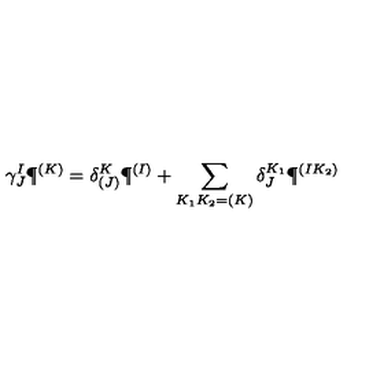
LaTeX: \gamma _ { J } ^ { I } \P ^ { ( K ) } = \delta _ { ( J ) } ^ { K } \P ^ { ( I ) } + \sum _ { K _ { 1 } K _ { 2 } = ( K ) } \delta _ { J } ^ { K _ { 1 } } \P ^ { ( I K _ { 2 } ) }